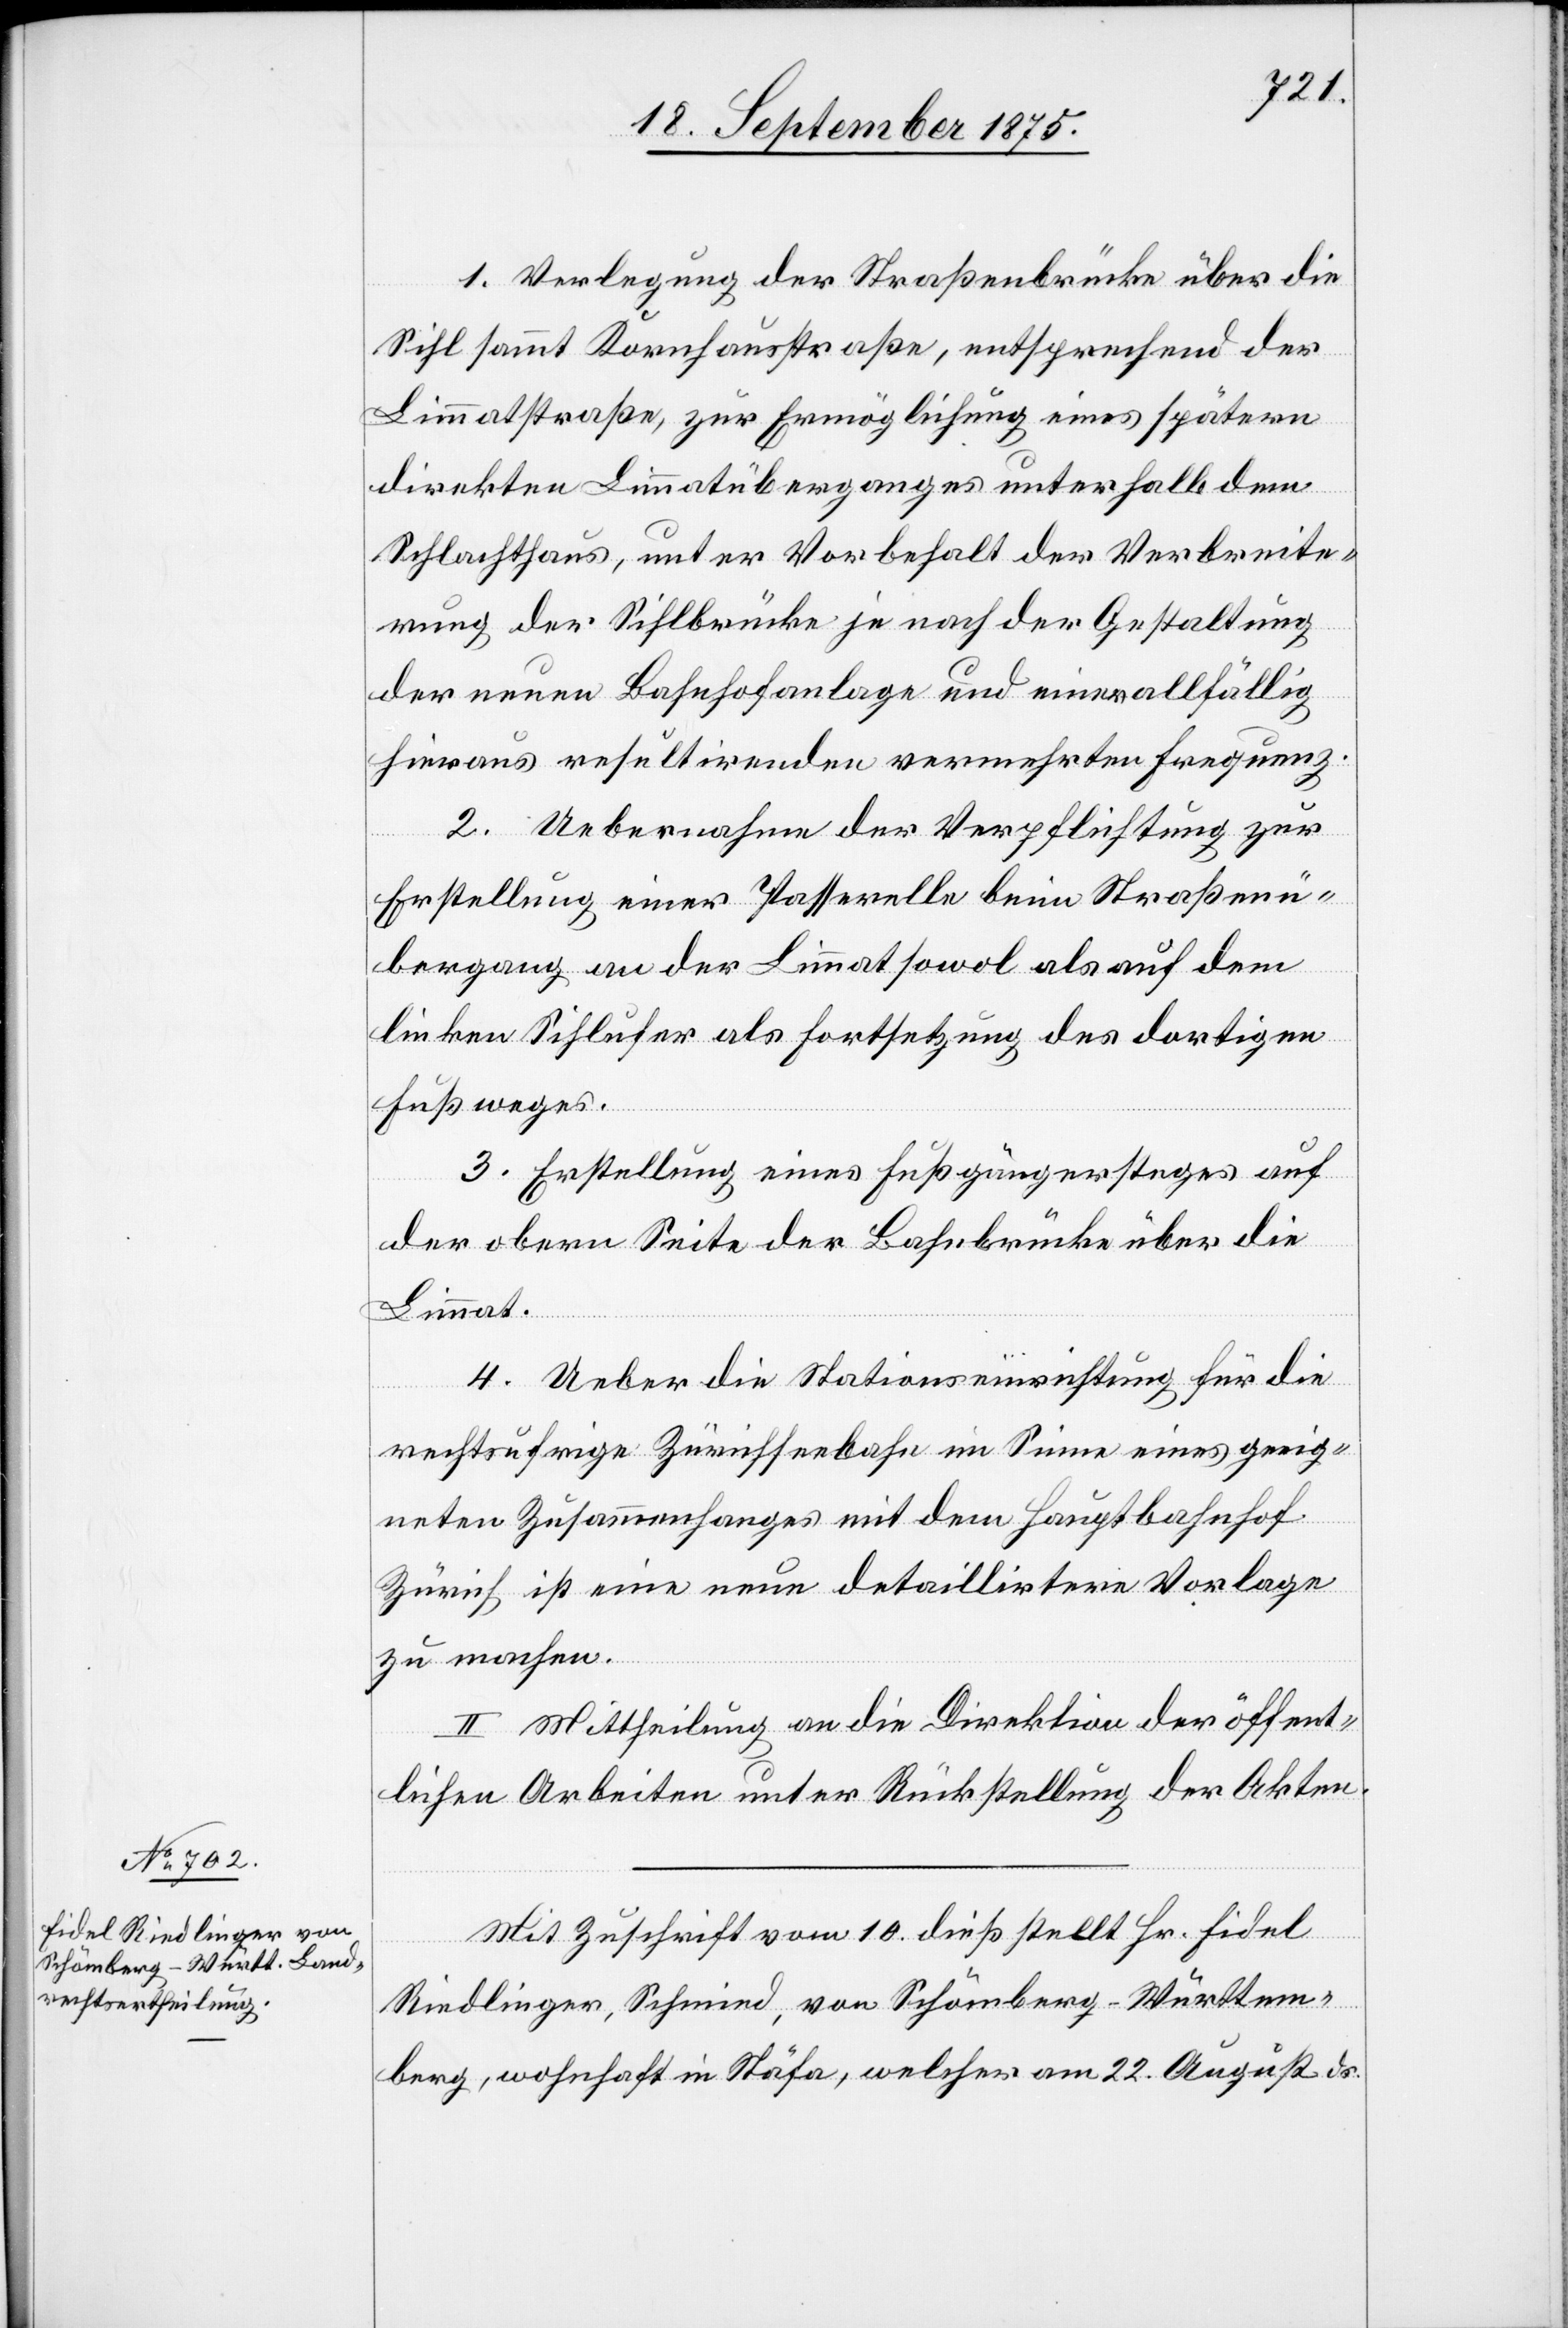
1. Verlegung der Straßenbrücke über die
Sihl sammt Kornhausstraße, entsprechend der
Limmatstraße, zur Ermöglichung eines spätern
direkten Limmatüberganges unterhalb dem
Schlachthaus, unter Vorbehalt der Verbreite¬
rung der Sihlbrücke je nach der Gestaltung
der neuen Bahnhofanlage und einer allfällig
hieraus resultirenden vermehrten Frequenz.
2. Uebernahme der Verpflichtung zur
Erstellung einer Passerelle beim Straßenü¬
bergang an der Limmat sowol als auf dem
linken Sihlufer als Fortsetzung des dortigen
Fußweges.
3. Erstellung eines Fußgängersteges auf
der obern Seite der Bahnbrücke über die
Limmat.
4. Ueber die Stationseinrichtung für die
rechtsufrige Zürichseebahn im Sinne eines geeig¬
neten Zusammenhanges mit dem Hauptbahnhof
Zürich ist eine neue detaillirtere Vorlage
zu machen.
II. Mittheilung an die Direktion der öffent¬
lichen Arbeiten unter Rückstellung der Akten.
Mit Zuschrift vom 10. dieß stellt Hr. Fidel
Riedlinger, Schmied, von Schömberg - Württem¬
berg, wohnhaft in Stäfa, welcher am 22. August ds.